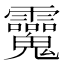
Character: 𩵂